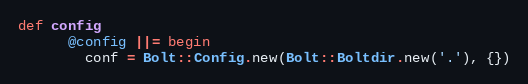
Language: Ruby
def config
      @config ||= begin
        conf = Bolt::Config.new(Bolt::Boltdir.new('.'), {})